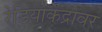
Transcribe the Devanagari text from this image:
रेडियोकेंद्रावर